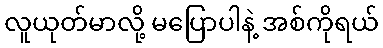
လူယုတ်မာလို့ မပြောပါနဲ့ အစ်ကိုရယ်